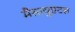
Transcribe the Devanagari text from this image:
मैसाचुएटस